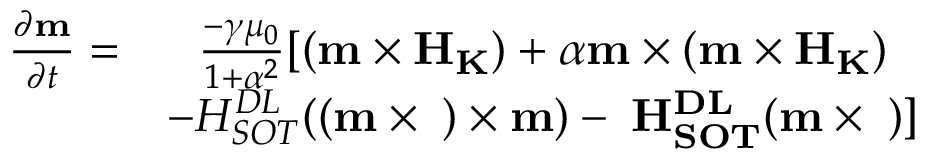
\begin{array} { c c } { \frac { { \partial } { \bf { m } } } { { \partial } t } = } & { \frac { - \gamma { \mu } _ { 0 } } { 1 + { \alpha } ^ { 2 } } [ ( { \bf { m } } \times { \bf { { H } } } _ { \bf { { K } } } ) + \alpha { \bf { m } } \times ( { \bf { m } } \times { \bf { { H } } } _ { \bf { { K } } } ) } \\ & { - H _ { { S O T } } ^ { { D L } } ( ( { \bf { m } } \times { \bf { \sigma } } \bf { ) } \times { \bf { m } } ) - \alpha H _ { { S O T } } ^ { { D L } } ( { \bf { m } } \times { \bf { \sigma } } ) ] } \end{array}